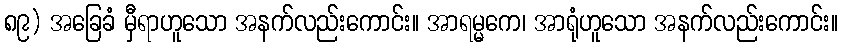
၈၉) အခြေခံ မှီရာဟူသော အနက်လည်းကောင်း။ အာရမ္မကေ၊ အာရုံဟူသော အနက်လည်းကောင်း။